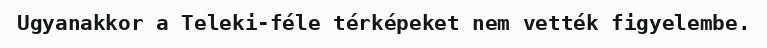
Ugyanakkor a Teleki-féle térképeket nem vették figyelembe.